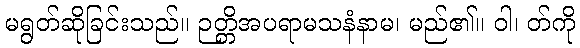
မရွတ်ဆိုခြင်းသည်။ ဉတ္တိအပရာမသနံနာမ၊ မည်၏။ ဝါ၊ တ်ကို